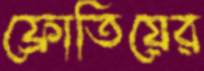
ফ্রোতিয়ের